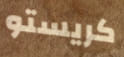
كريستو